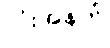
လုံးအနက်